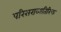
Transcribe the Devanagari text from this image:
परिसराव्यतिरिक्त